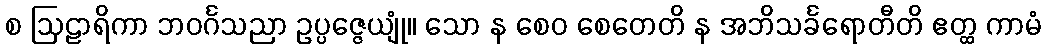
စ ဩဠာရိကာ ဘဝင်္ဂသညာ ဥပ္ပဇ္ဇေယျုံ။ သော န စေဝ စေတေတိ န အဘိသင်္ခရောတီတိ ဧတ္ထ ကာမံ